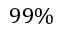
9 9 \%